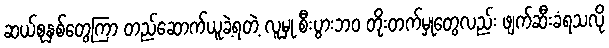
ဆယ်စုနှစ်တွေကြာ တည်ဆောက်ယူခဲ့ရတဲ့ လူမှု စီးပွားဘဝ တိုးတက်မှုတွေလည်း ဖျက်ဆီးခံရသလို